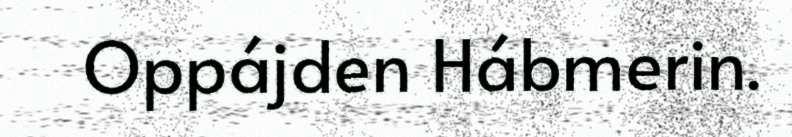
Oppájden Hábmerin.